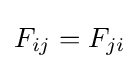
F_{ij}=F_{ji}